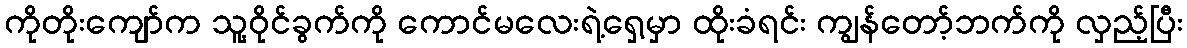
ကိုတိုးကျော်က သူ့ဝိုင်ခွက်ကို ကောင်မလေးရဲ့ရှေ့မှာ ထိုးခံရင်း ကျွန်တော့်ဘက်ကို လှည့်ပြီး